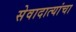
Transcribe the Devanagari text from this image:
सेवादात्यांचा